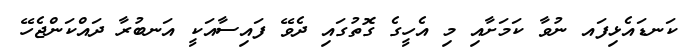
ކަނޑައެޅިފައ ނުވާ ކަމަށާއި މި އެހީގެ ގޮތުގައި ދެވޭ ފައިސާއަކީ އަނބުރާ ދައްކަންޖެހޭ